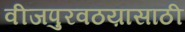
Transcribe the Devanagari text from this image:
वीजपुरवठय़ासाठी